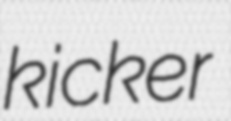
kicker